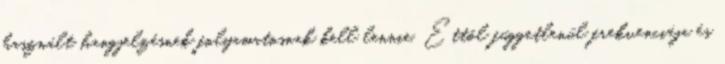
használt hangjelzésnek folyamatosnak kell lennie. Ettõl függetlenül frekvenciája és